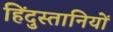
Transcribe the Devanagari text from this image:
हिंदुस्तानियों